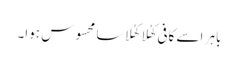
باہر اسے کافی کھُلا کھُلا سا محسوس ہوا۔